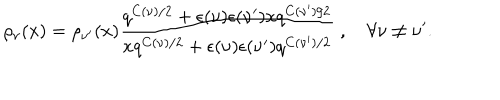
\rho _ { \nu } ( x ) = \rho _ { \nu ^ { \prime } } ( x ) \frac { q ^ { C ( \nu ) / 2 } + \epsilon ( \nu ) \epsilon ( \nu ^ { \prime } ) x q ^ { C ( \nu ^ { \prime } ) / 2 } } { x q ^ { C ( \nu ) / 2 } + \epsilon ( \nu ) \epsilon ( \nu ^ { \prime } ) q ^ { C ( \nu ^ { \prime } ) / 2 } } \; , ~ \forall \nu \neq \nu ^ { \prime } .